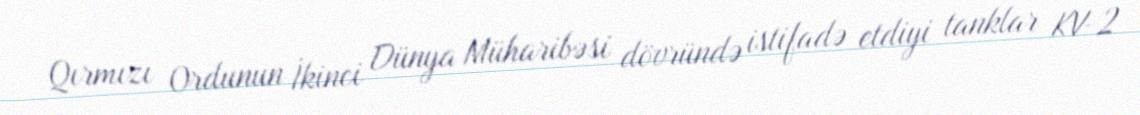
Qırmızı Ordunun İkinci Dünya Müharibəsi dövründə istifadə etdiyi tanklar KV-2